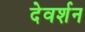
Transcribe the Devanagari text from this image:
देवर्शन